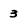
Character: 3